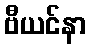
ဗီယင်နာ